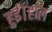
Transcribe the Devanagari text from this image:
हुईं।हाल